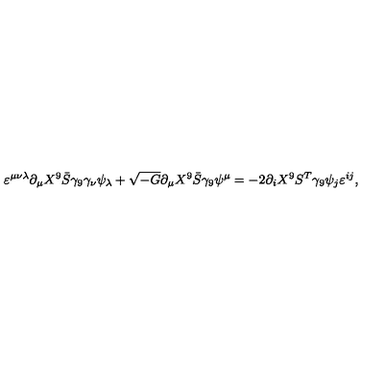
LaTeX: \varepsilon ^ { \mu \nu \lambda } \partial _ { \mu } X ^ { 9 } \bar { S } \gamma _ { 9 } \gamma _ { \nu } \psi _ { \lambda } + \sqrt { - G } \partial _ { \mu } X ^ { 9 } \bar { S } \gamma _ { 9 } \psi ^ { \mu } = - 2 \partial _ { i } X ^ { 9 } S ^ { T } \gamma _ { 9 } \psi _ { j } \varepsilon ^ { i j } ,